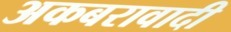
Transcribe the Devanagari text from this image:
अकबरावादी